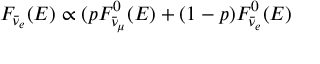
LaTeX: F _ { \bar { \nu } _ { e } } ( E ) \propto ( p F _ { \bar { \nu } _ { \mu } } ^ { 0 } ( E ) + ( 1 - p ) F _ { \bar { \nu } _ { e } } ^ { 0 } ( E )